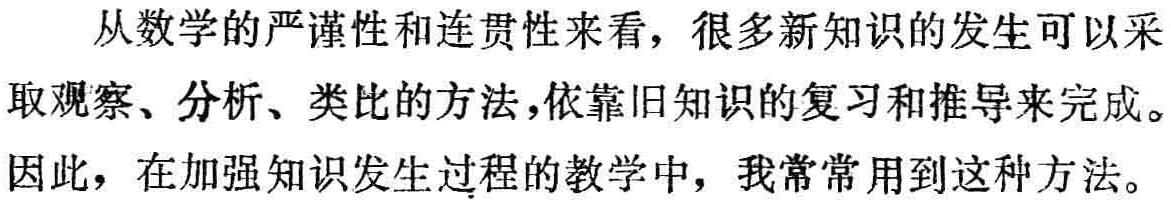
从数学的严谨性和连贯性来看，很多新知识的发生可以采取观察、分析、类比的方法，依靠旧知识的复习和推导来完成。因此，在加强知识发生过程的教学中，我常常用到这种方法。